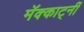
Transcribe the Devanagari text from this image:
मॅक्कार्ट्नी